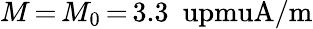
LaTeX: M\, {=}\, M_{0}\, {=}\, 3.3~\mathrm{\ upmuA/m}